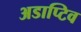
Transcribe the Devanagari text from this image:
अडाप्टिव